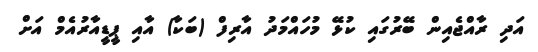
އަދި ރާއްޖެއިން ބޭރުގައި ކުޅޭ މުހައްމަދު އާރިފް (ބަކާ) އާއި ޕީޑީއާރުއެމް އަށް